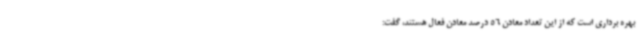
بهره برداری است که از این تعداد معادن 56 درصد معادن فعال هستند، گفت: